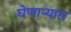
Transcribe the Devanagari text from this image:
घेणाऱ्यास